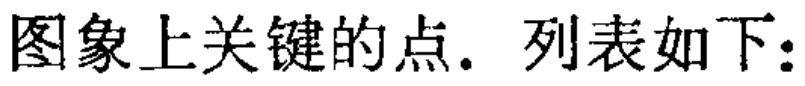
图象上关键的点. 列表如下：